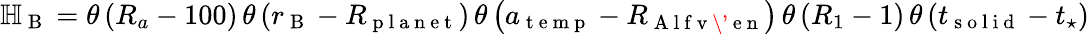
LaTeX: \begin{array}{r}{\mathbb H_{\mathrm{~B~}}=\theta\left(R_{a}-100\right)\, \theta\left(r_{\mathrm{~B~}}-R_{\mathrm{~p~l~a~n~e~t~}}\right)\, \theta\left(a_{\mathrm{~t~e~m~p~}}-R_{\mathrm{~A~l~f~v~\' ~e~n~}}\right)\, \theta\left(R_{1}-1\right)\, \theta\left(t_{\mathrm{~s~o~l~i~d~}}-t_{\star}\right)}\end{array}